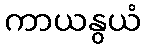
ကာယနွယံ